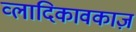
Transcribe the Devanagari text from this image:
व्लादिकावकाज़